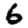
Digit: 6